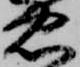
忠